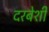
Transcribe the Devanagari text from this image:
दरबेशी